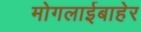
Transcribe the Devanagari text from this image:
मोगलाईबाहेर